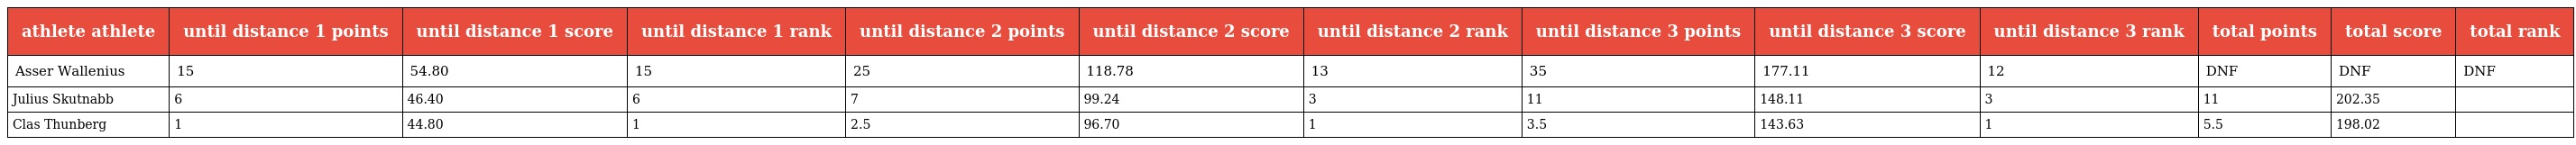
| athlete athlete | until distance 1 points | until distance 1 score | until distance 1 rank | until distance 2 points | until distance 2 score | until distance 2 rank | until distance 3 points | until distance 3 score | until distance 3 rank | total points | total score | total rank |
 | --- | --- | --- | --- | --- | --- | --- | --- | --- | --- | --- | --- | --- |
 | Asser Wallenius | 15 | 54.80 | 15 | 25 | 118.78 | 13 | 35 | 177.11 | 12 | DNF | DNF | DNF |
 | Julius Skutnabb | 6 | 46.40 | 6 | 7 | 99.24 | 3 | 11 | 148.11 | 3 | 11 | 202.35 |  |
 | Clas Thunberg | 1 | 44.80 | 1 | 2.5 | 96.70 | 1 | 3.5 | 143.63 | 1 | 5.5 | 198.02 |  |